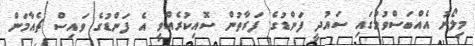
މިލޯނު އެއްބަސްވުމުގައި ސައުދީ ފަންޑުގެ ފަރާތުން ސޮއިކުރެއްވީ އެ ފަންޑުގެ ވައިސް ޗެއާމަން